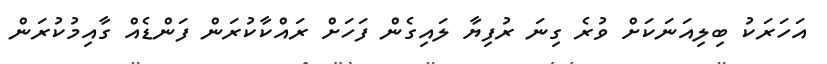
އަހަރަކު ބިލިއަނަކަށް ވުރެ ގިނަ ރުފިޔާ ލައިގެން ފަހަށް ރައްކާކުރަން ފަންޑެއް ގާއިމުކުރަން